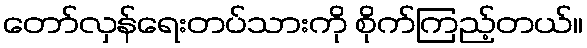
တော်လှန်ရေးတပ်သားကို စိုက်ကြည့်တယ်။